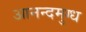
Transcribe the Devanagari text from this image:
आनन्दमुग्ध